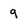
Character: 9